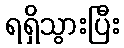
ရရှိသွားပြီး